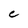
Character: C